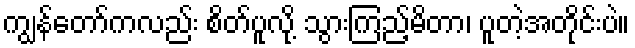
ကျွန်တော်ကလည်း စိတ်ပူလို့ သွားကြည့်မိတာ၊ ပူတဲ့အတိုင်းပဲ။